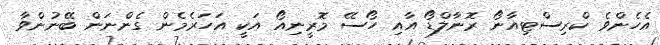
އެހެންވެ ކްރިސްޓިއާނޯ ރޮނާލްޑޯ އާއި ހޯސޭ މޮރީނިއޯ އަކީ އަހަރެމެން ގެންނަން ބޭނުންވާ